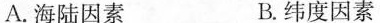
A.海陆因素 B.纬度因素